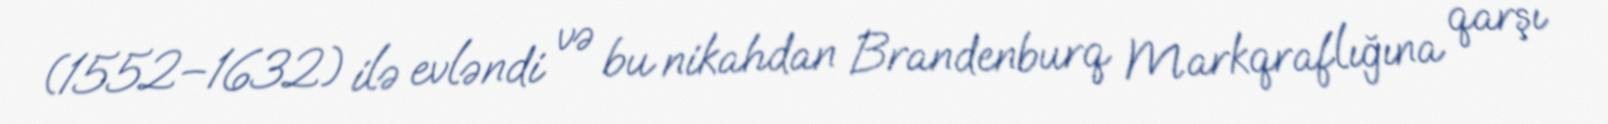
(1552–1632) ilə evləndi və bu nikahdan Brandenburq Markqraflığına qarşı